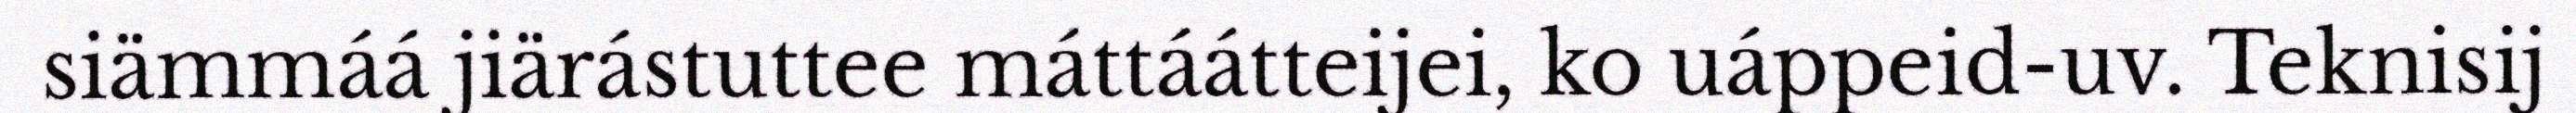
siämmáá jiärástuttee máttáátteijei, ko uáppeid-uv. Teknisij